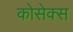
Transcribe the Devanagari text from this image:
कोसेक्स